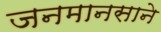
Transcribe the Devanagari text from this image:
जनमानसाने